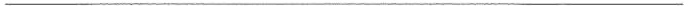
___